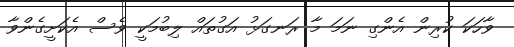
ވާހަކަ ކުރިން އެންގި ނަމަ މާ ރަނގަޅު އަގުތައް ލިބުމަކީ ވެސް އެކަށީގެންވާ